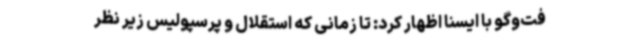
فت‌وگو با ایسنا اظهار کرد: تا زمانی که استقلال و پرسپولیس زیر نظر